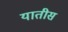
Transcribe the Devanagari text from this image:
यातीस